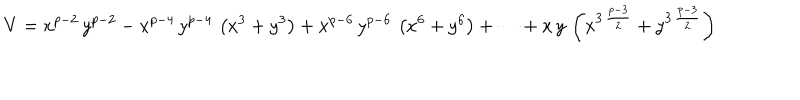
V = { x ^ { p - 2 } } \, { y ^ { p - 2 } } - { x ^ { p - 4 } } \, { y ^ { p - 4 } } \, \left( { x ^ { 3 } } + { y ^ { 3 } } \right) + { x ^ { p - 6 } } \, { y ^ { p - 6 } } \, \left( { x ^ { 6 } } + { y ^ { 6 } } \right) + \cdots + x \, y \, \left( { x ^ { 3 \, { \frac { p - 3 } { 2 } } } } + { y ^ { 3 \, { \frac { p - 3 } { 2 } } } } \right)